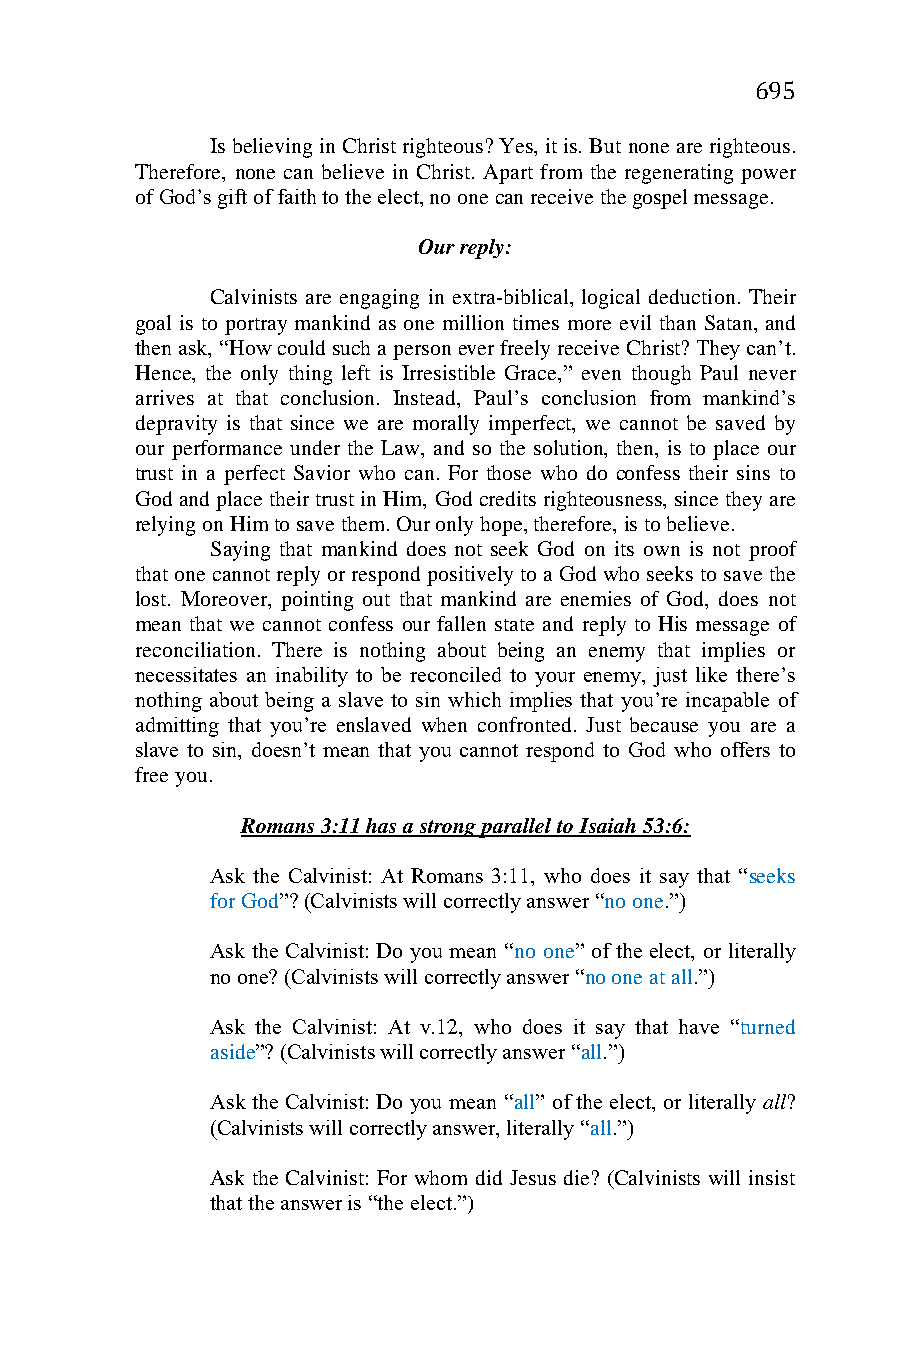
695
 Is believing in Christ righteous? Yes, it is. But none are righteous.
 Therefore, none can believe in Christ. Apart from the regenerating power
 of God’s gift of faith to the elect, no one can receive the gospel message.
 Our reply:
 Calvinists are engaging in extra-biblical, logical deduction. Their
 goal is to portray mankind as one million times more evil than Satan, and
 then ask, “How could such a person ever freely receive Christ? They can’t.
 Hence, the only thing left is Irresistible Grace,” even though Paul never
 arrives at that conclusion. Instead, Paul’s conclusion from mankind’s
 depravity is that since we are morally imperfect, we cannot be saved by
 our performance under the Law, and so the solution, then, is to place our
 trust in a perfect Savior who can. For those who do confess their sins to
 God and place their trust in Him, God credits righteousness, since they are
 relying on Him to save them. Our only hope, therefore, is to believe.
 Saying that mankind does not seek God on its own is not proof
 that one cannot reply or respond positively to a God who seeks to save the
 lost. Moreover, pointing out that mankind are enemies of God, does not
 mean that we cannot confess our fallen state and reply to His message of
 reconciliation. There is nothing about being an enemy that implies or
 necessitates an inability to be reconciled to your enemy, just like there’s
 nothing about being a slave to sin which implies that you’re incapable of
 admitting that you’re enslaved when confronted. Just because you are a
 slave to sin, doesn’t mean that you cannot respond to God who offers to
 free you.
 Romans 3:11 has a strong parallel to Isaiah 53:6:
 Ask the Calvinist: At Romans 3:11, who does it say that “seeks
 for God”? (Calvinists will correctly answer “no one.”)
 Ask the Calvinist: Do you mean “no one” of the elect, or literally
 no one? (Calvinists will correctly answer “no one at all.”)
 Ask the Calvinist: At v.12, who does it say that have “turned
 aside”? (Calvinists will correctly answer “all.”)
 Ask the Calvinist: Do you mean “all” of the elect, or literally all?
 (Calvinists will correctly answer, literally “all.”)
 Ask the Calvinist: For whom did Jesus die? (Calvinists will insist
 that the answer is “the elect.”)